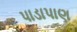
પાડાપાણ